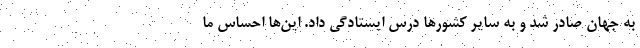
به جهان صادر شد و به سایر کشورها درس ایستادگی داد. این‌ها احساس ما